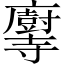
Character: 𫴶